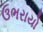
ઉભરાયો